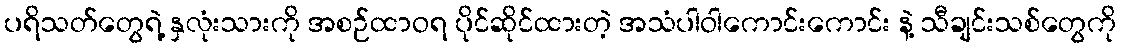
ပရိသတ်တွေရဲ့ နှလုံးသားကို အစဉ်ထာဝရ ပိုင်ဆိုင်ထားတဲ့ အသံပါဝါကောင်းကောင်း နဲ့ သီချင်းသစ်တွေကို